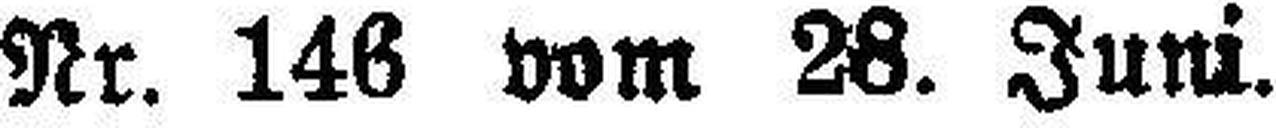
Nr. 146 vom 28. Juni.